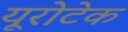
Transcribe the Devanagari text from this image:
यूरोटेक